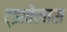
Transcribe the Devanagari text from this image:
ट्झवेलास